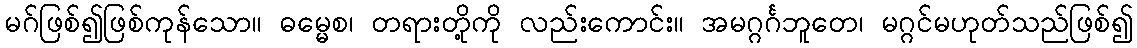
မဂ်ဖြစ်၍ဖြစ်ကုန်သော။ ဓမ္မေစ၊ တရားတို့ကို လည်းကောင်း။ အမဂ္ဂင်္ဂဘူတေ၊ မဂ္ဂင်မဟုတ်သည်ဖြစ်၍